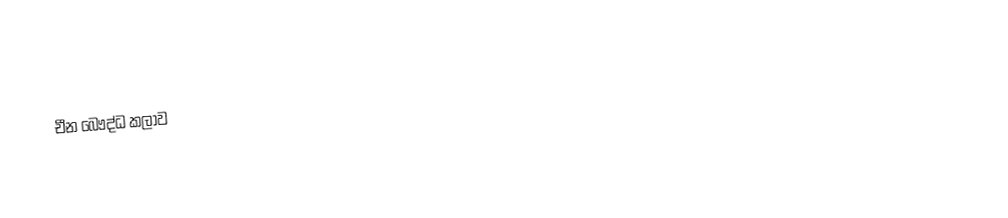
චීන බෞද්ධ කලාව